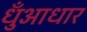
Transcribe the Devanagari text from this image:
धुँआधार